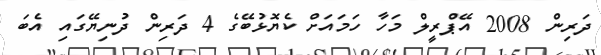
ދަރިން 2008 އޭޕްރީލް މަހާ ހަމައަށް ކެޔޮޅުބޭގެ 4 ދަރިން ދުނިޔޭގައި އެބަ